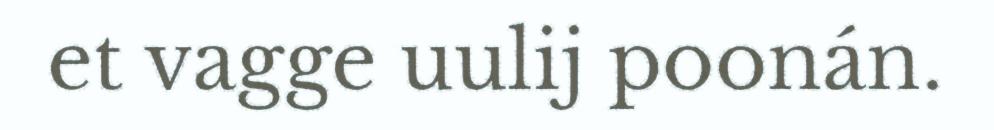
et vagge uulij poonán.